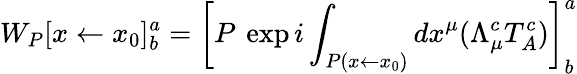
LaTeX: W_{P}[x\leftarrow x_{0}]_{b}^{a}=\left[P\: \exp i\int_{P(x\leftarrow x_{0})}dx^{\mu}(\Lambda_{\mu}^{c}T_{A}^{c})\right]_{b}^{a}